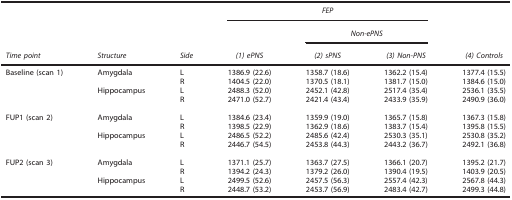
<table><thead><tr><td><b> </b></td><td><b> </b></td><td><b> </b></td><td colspan="3"><b><i>FEP</i></b></td><td><b> </b></td></tr><tr><td><b> </b></td><td><b> </b></td><td><b> </b></td><td><b> </b></td><td colspan="2"><b><i>Non-ePNS</i></b></td><td><b> </b></td></tr><tr><td><b><i>Time point</i></b></td><td><b><i>Structure</i></b></td><td><b><i>Side</i></b></td><td><b><i>(1) ePNS</i></b></td><td><b><i>(2) sPNS</i></b></td><td><b><i>(3) Non-PNS</i></b></td><td><b><i>(4) Controls</i></b></td></tr></thead><tbody><tr><td>Baseline (scan 1)</td><td>Amygdala</td><td>L</td><td>1386.9 (22.6)</td><td>1358.7 (18.6)</td><td>1362.2 (15.4)</td><td>1377.4 (15.5)</td></tr><tr><td> </td><td> </td><td>R</td><td>1404.5 (22.0)</td><td>1370.5 (18.1)</td><td>1381.7 (15.0)</td><td>1384.6 (15.0)</td></tr><tr><td> </td><td>Hippocampus</td><td>L</td><td>2488.3 (52.0)</td><td>2452.1 (42.8)</td><td>2517.4 (35.4)</td><td>2536.1 (35.5)</td></tr><tr><td> </td><td> </td><td>R</td><td>2471.0 (52.7)</td><td>2421.4 (43.4)</td><td>2433.9 (35.9)</td><td>2490.9 (36.0)</td></tr><tr><td> </td><td> </td><td> </td><td> </td><td> </td><td> </td><td> </td></tr><tr><td>FUP1 (scan 2)</td><td>Amygdala</td><td>L</td><td>1384.6 (23.4)</td><td>1359.9 (19.0)</td><td>1365.7 (15.8)</td><td>1367.3 (15.8)</td></tr><tr><td> </td><td> </td><td>R</td><td>1398.5 (22.9)</td><td>1362.9 (18.6)</td><td>1383.7 (15.4)</td><td>1395.8 (15.5)</td></tr><tr><td> </td><td>Hippocampus</td><td>L</td><td>2486.5 (52.2)</td><td>2485.6 (42.4)</td><td>2530.3 (35.1)</td><td>2530.8 (35.2)</td></tr><tr><td> </td><td> </td><td>R</td><td>2446.7 (54.5)</td><td>2453.8 (44.3)</td><td>2443.2 (36.7)</td><td>2492.1 (36.8)</td></tr><tr><td> </td><td> </td><td> </td><td> </td><td> </td><td> </td><td> </td></tr><tr><td>FUP2 (scan 3)</td><td>Amygdala</td><td>L</td><td>1371.1 (25.7)</td><td>1363.7 (27.5)</td><td>1366.1 (20.7)</td><td>1395.2 (21.7)</td></tr><tr><td> </td><td> </td><td>R</td><td>1394.2 (24.3)</td><td>1379.2 (26.0)</td><td>1390.4 (19.5)</td><td>1403.9 (20.5)</td></tr><tr><td> </td><td>Hippocampus</td><td>L</td><td>2499.5 (52.6)</td><td>2457.5 (56.3)</td><td>2557.4 (42.3)</td><td>2567.8 (44.3)</td></tr><tr><td> </td><td> </td><td>R</td><td>2448.7 (53.2)</td><td>2453.7 (56.9)</td><td>2483.4 (42.7)</td><td>2499.3 (44.8)</td></tr></tbody></table>